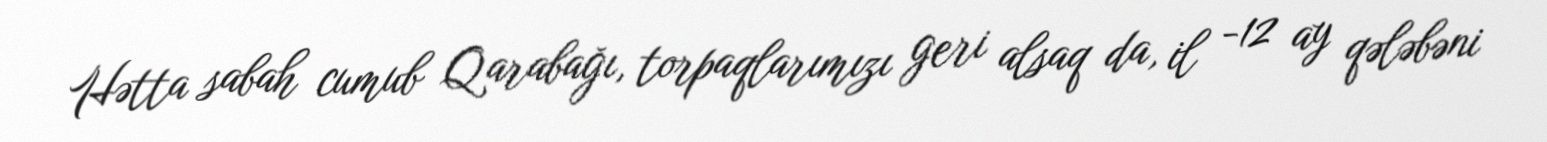
Hətta sabah cumub Qarabağı, torpaqlarımızı geri alsaq da, il -12 ay qələbəni